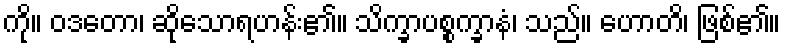
ကို။ ဝဒတော၊ ဆိုသောရဟန်း၏။ သိက္ခာပစ္စက္ခာနံ၊ သည်။ ဟောတိ၊ ဖြစ်၏။